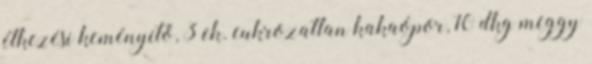
étkezési keményítő, 3 ek. cukrozatlan kakaópor, 10 dkg meggy